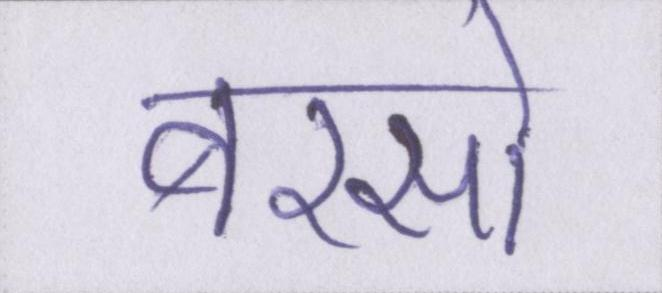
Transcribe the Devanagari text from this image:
बरसों